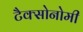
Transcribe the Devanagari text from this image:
टैक्सोनोमी